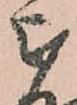
被